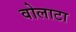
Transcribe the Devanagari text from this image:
वोलाटा